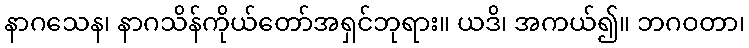
နာဂသေန၊ နာဂသိန်ကိုယ်တော်အရှင်ဘုရား။ ယဒိ၊ အကယ်၍။ ဘဂဝတာ၊